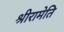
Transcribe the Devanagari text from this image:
श्रीरामेति